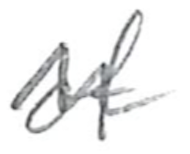
Text: of
Cross-out: wave
Writing tool: pencil